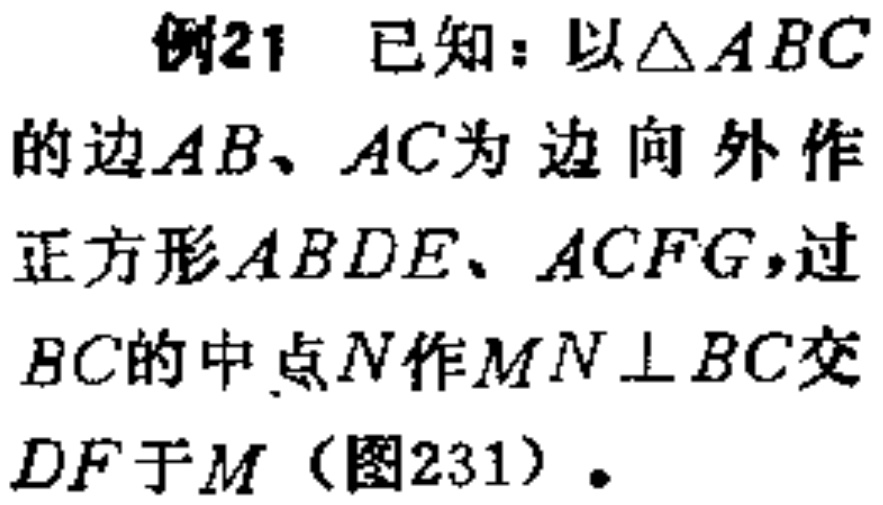
例21 已知：以$\triangle ABC$的边$AB、AC$为边向外作正方形$ABDE、ACFG$，过$BC$的中点$N$作$MN\perp BC$交$DF$于$M$（图231）。